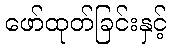
ဖော်ထုတ်ခြင်းနှင့်